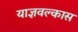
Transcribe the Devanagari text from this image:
याज्ञवल्कास